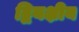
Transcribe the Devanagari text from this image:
द्वियक्षीय